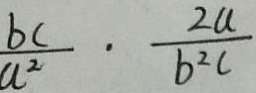
\frac { b c } { a ^ { 2 } } \cdot \frac { 2 a } { b ^ { 2 } c }